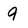
Character: 9